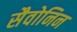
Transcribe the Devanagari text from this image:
सैवोनिन